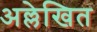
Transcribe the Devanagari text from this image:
अल्लेखित